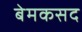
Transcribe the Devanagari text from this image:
बेमकसद